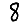
Digit: 8